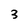
Character: 3